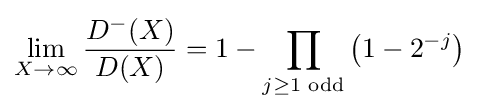
\lim _{X\rightarrow \infty }{\frac {D^{-}(X)}{D(X)}}=1-\prod _{j\geq 1{\text{ odd}}}\left(1-2^{-j}\right)